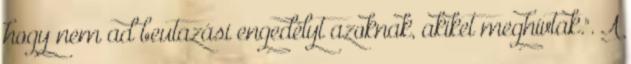
hogy nem ad beutazási engedélyt azoknak, akiket meghívtak.". A